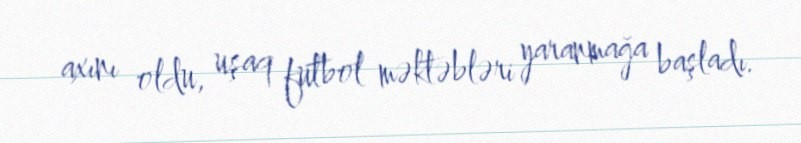
axını oldu, uşaq futbol məktəbləri yaranmağa başladı.